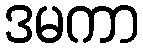
ဒမကာ